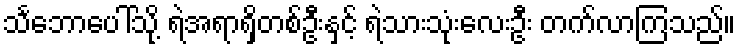
သင်္ဘောပေါ်သို့ ရဲအရာရှိတစ်ဦးနှင့် ရဲသားသုံးလေးဦး တက်လာကြသည်။